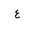
Letter: _ayn